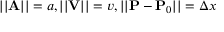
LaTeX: | | \mathbf { A } | | = a , | | \mathbf { V } | | = v , | | \mathbf { P } - \mathbf { P } _ { 0 } | | = \Delta x